Statistical return of the lunatic asylum in Assam - 1912-1932
Year: 1912
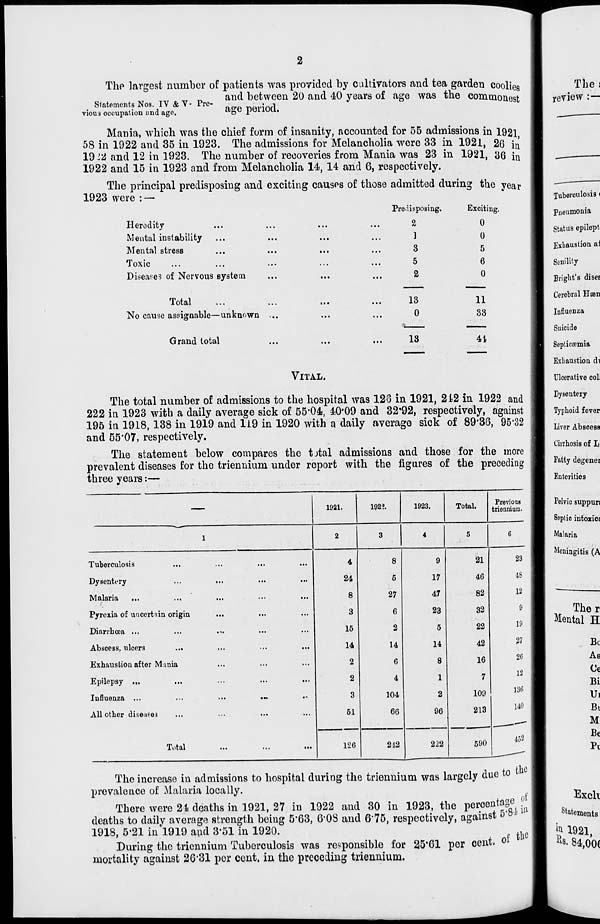
2
The largest number of patients was provided by cultivators and tea garden coolies
^T Trr , TT n
and between 20 and 40 years of age was the commons
Statements Nos. IV & V- Pre-
• ,
"
°
***wuass
vious occupation and age.
"'o^ pOiTOCl.
Mania, w r hich was the chief form of insanity, accounted for 55 admissions in 1921
58 in 1922 and 35 in 1923. The admissions for Melancholia were 33 in 1921, 26 in
1912 and 12 in 1923. The number of recoveries from Mania was 23 in 1921, 36 in
1922 and 15 in 1923 and from Melancholia 14, 14 and 6, respectively.
The principal predisposing and exciting causes of those admitted during the year
1923 were: —
Heredity
Mental instability
Mental stress
Toxic
Diseases of Nervous system
Total
No cause assignable—unknown ...
Grand total
Pre-lisposing.
Excit
2
0
]
0
3
5
5
6
2
0
13
11
0
33
V.
13
41)
VITAL.
The total number of admissions to the hospital was 123 in 1921, 212 in 1922 and
222 in 1923 with a daily average sick of 55*04, 40*09 and 32*92, respectively, against
195 in 1918, 138 in 1919 and 119 in 1920 with a daily average sick of 89'36, 95*32
and 55*07, respectively.
The statement below compares the tjtal admissions and those for the more
prevalent diseases for the triennium under report with the figures of the precediug
three years:—
1921.
192?.
1923.
Total.
Previous
trim ink i a.
Tuberculosis
Dysentery
Malaria
...
Pyrexia of uncertain origin
Diarrhoea ...
Abscess, ulcers
Exhaustion after Mmia
Epilepsy ...
Influenza ...
All other diseaee3
Total
4
24
8
3
15
14
2
2
3
61
126
8
5
27
6
2
14
6
4
104
66
212
9
17
47
23
5
14
8
1
2
96
21
46
82
32
22
42
16
7
109
213
222
590
23
48
12
9
19
27
26
12
130
140
452
The increase in admissions to hospital during the triennium was largely due to
prevalence of Malaria locally.
of
There were 21 deaths in 1921, 27 in 1922 and 30 in 1923, the percentage
deaths to daily average strength being 5*63, G*0S and 6*75, respectively, against 5'8
1918, 5*21 in 1919 and 3*51 in 1920.
During the triennium Tuberculosis was responsible for 25*61 per cent, oi
mortality against 26*31 per cent, in the preceding triennium.